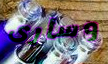
وسأرى